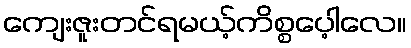
ကျေးဇူးတင်ရမယ့်ကိစ္စပေ့ါလေ။